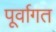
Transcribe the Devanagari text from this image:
पूर्वागत